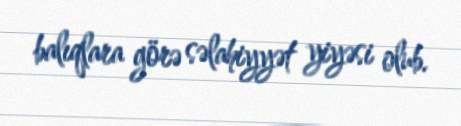
balıqlara görə səlahiyyət yiyəsi olub.